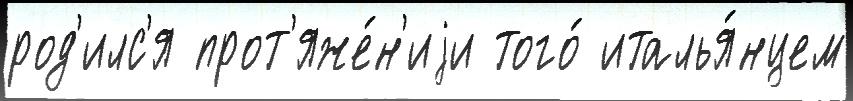
род'илс'я прот'яже́н'иjи того́ италья́нцем